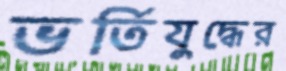
ভর্তিযুদ্ধের